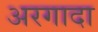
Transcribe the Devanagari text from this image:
अरगादा